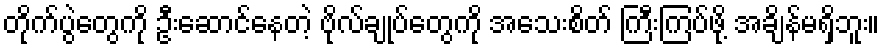
တိုက်ပွဲတွေကို ဦးဆောင်နေတဲ့ ဗိုလ်ချုပ်တွေကို အသေးစိတ် ကြီးကြပ်ဖို့ အချိန်မရှိဘူး။